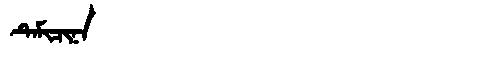
Manchu: ᡨᡝᠮᡳᠴᡳᠨᠠ
Romanization: TEMICINA